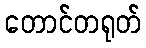
တောင်တရုတ်